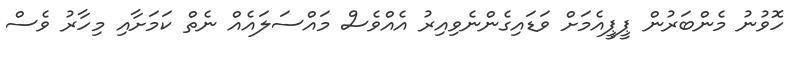
ހޮވުނު މެންބަރުން ޕީޕީއެމަށް ވަޑައިގެންނެވިއިރު އެއްވެސް މައްސަލައެއް ނެތް ކަމަށާއި މިހާރު ވެސް